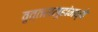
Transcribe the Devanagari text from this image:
वृ्त्तसमूहांमध्ये